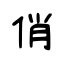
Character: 俏